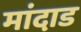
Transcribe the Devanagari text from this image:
मांदाड